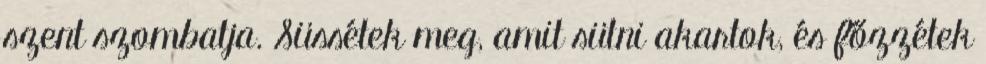
szent szombatja. Süssétek meg, amit sütni akartok, és főzzétek